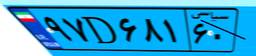
۹۷D۶۸۱۶۰